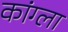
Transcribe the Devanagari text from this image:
कांग्ला